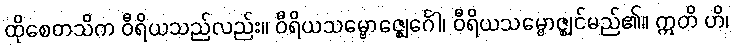
ထိုစေတသိက ဝီရိယသည်လည်း။ ဝီရိယသမ္ဗောဇ္ဈေင်္ဂေါ၊ ဝီရိယသမ္ဗောဇ္ဈင်မည်၏။ ဣတိ ဟိ၊